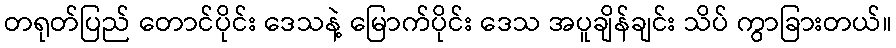
တရုတ်ပြည် တောင်ပိုင်း ဒေသနဲ့ မြောက်ပိုင်း ဒေသ အပူချိန်ချင်း သိပ် ကွာခြားတယ်။